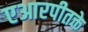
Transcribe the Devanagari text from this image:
एआरपीतक्ते